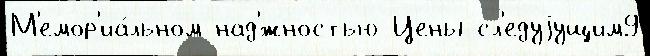
М'емор'иа́льном над'́жностью Цены сл'едуjущим9